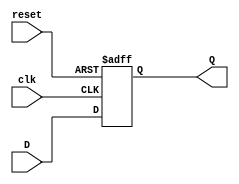
`timescale 1ns / 1ps
//***************************************************************//
//                                                               //
// Created by       Jesus Franco                                 //
// Copyright  2020 Jesus Franco on 10/13/2020 03:46:36 PM       //
//                                                               //
//                                                               //
// In submitting this file for class work at CSULB               //
// I am confirming that this is my work and the work             //
// of no one else. In submitting this code I acknowledge that    //
// plagiarism in student project work is subject to dismissal.   //
// from the class                                                //
// Dependencies:                                                 //
//***************************************************************//

module DFF(
    input clk,   // 100MHz clock
    input reset, // Asynchronous reset with synchronous de-assertion
    input D,     // holding value
    output reg Q // output value
    );

    // Sequential logic
    always@(posedge clk, posedge reset)
        if(reset)       // if reset
            Q <= 1'b0; // Q <= 0
        else
            Q <= D;     // Q <= D

endmodule